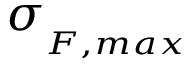
\sigma _ { { } _ { F , m a x } }